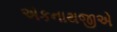
એકનાથજીએ